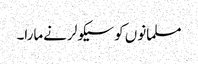
مسلمانوں کو سیکولر نےمارا۔